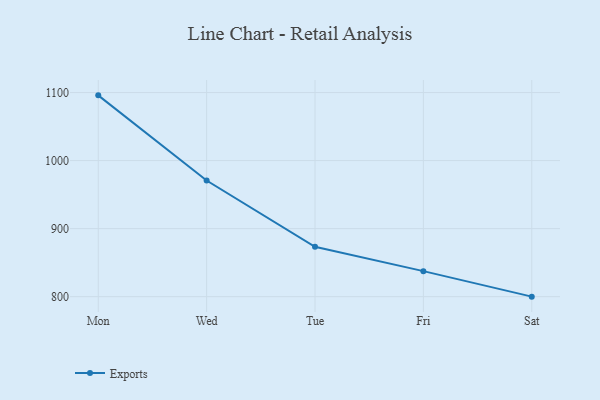
{"axis": {"x": "Day", "y": "Gross Profit (USD K)"}, "legend": ["Exports"], "data": [{"x": "Mon", "y": 1095.9, "type": "Exports"}, {"x": "Wed", "y": 970.7, "type": "Exports"}, {"x": "Tue", "y": 873.3, "type": "Exports"}, {"x": "Fri", "y": 837.5, "type": "Exports"}, {"x": "Sat", "y": 800, "type": "Exports"}]}